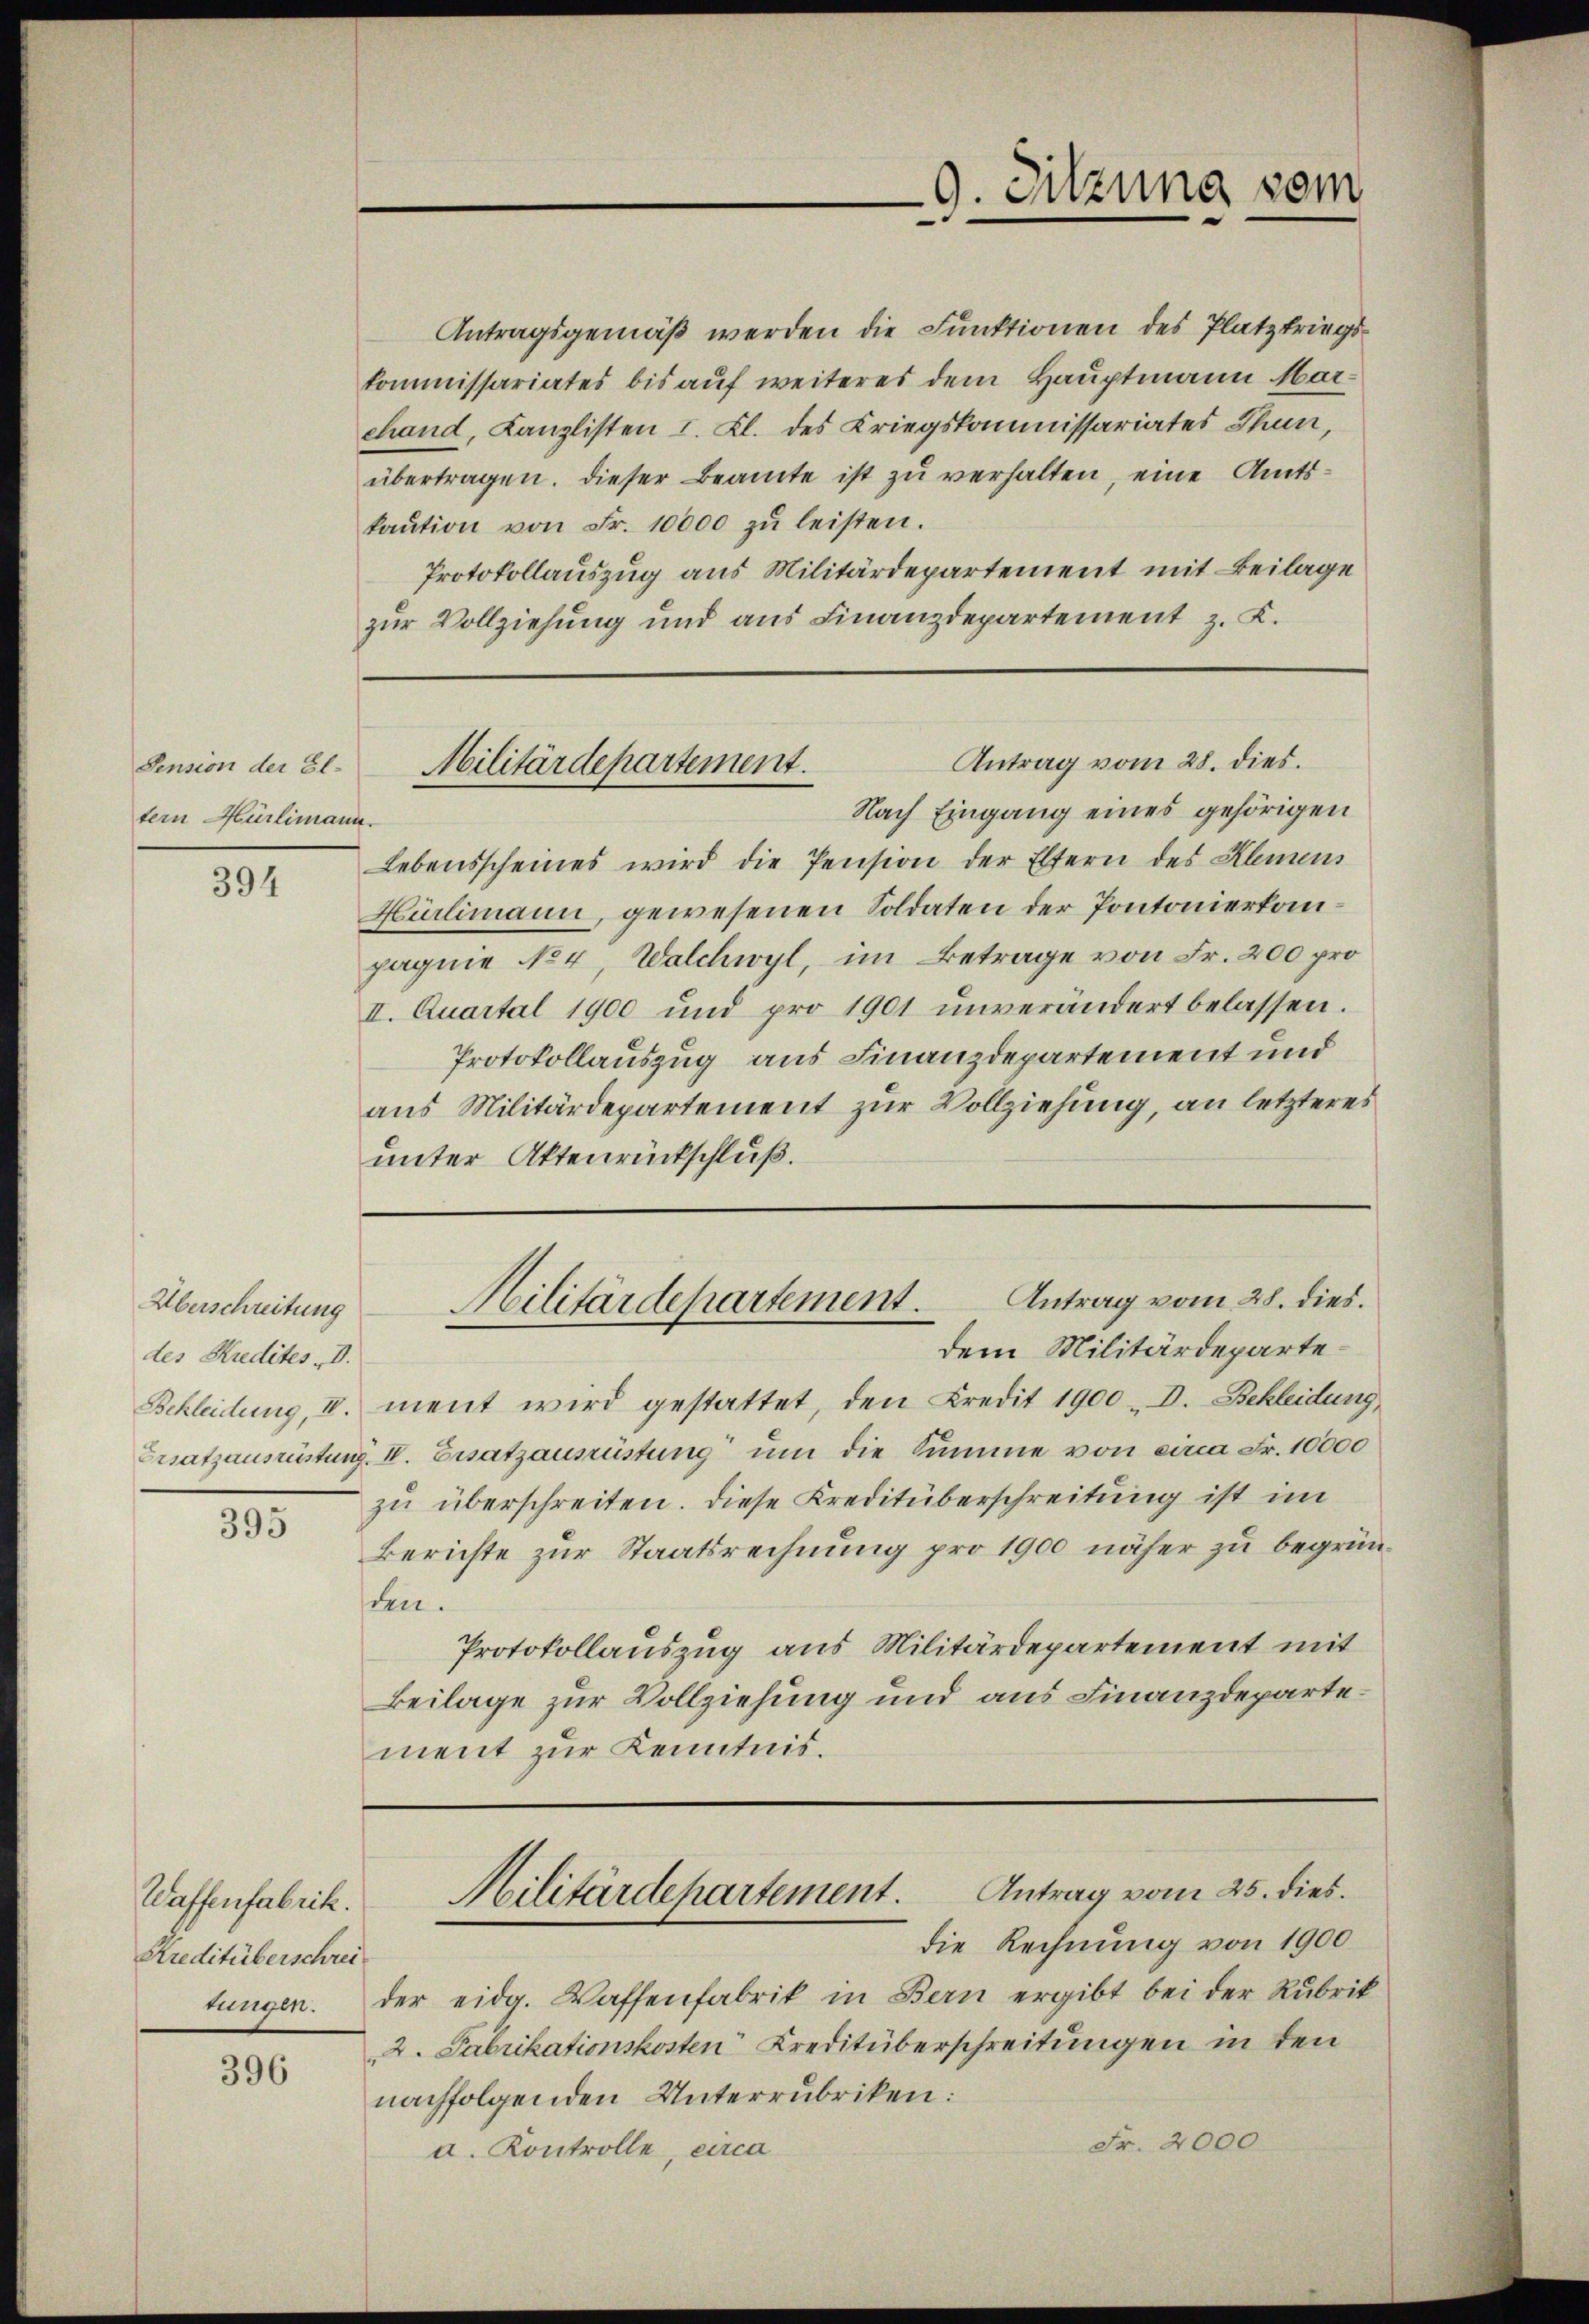
Pension der Eltern Hürlimann.

394

Überschreitung
des Kredites I.

395

Waffenfabrik.
Kreditüberschrei¬

396

übertragen. Dieser Beamte ist zu verhalten, eine Amtskaŭtion von Fr. 10000 zŭ leisten.
Protokollauszug aus Militärdepartement mit Beilage
zur Vollziehung und aus Finanzdepartement z. K.

Nach Eingang eines gehörigen
Lebensscheines wird die Pension der Eltern des Kleinen
Hürlimann, gewesenen Soldaten der Pontonierkompagnie No 4, Walchwyl, im Betrage von Fr. 200 pro
II. Quartal 1900 und pro 1901 ŭnverändert belassen.
Protokollauszug aus Finanzdepartement und
aus Militärdepartement zur Vollziehung, an letzteres
unter Aktenrückschluß.

Antragsgemäß werden die Funktionen des Platzkriegskommissariates bis auf weiteres dem Hauptmann Marchand, Kanzlisten I. Kl. des Kriegskommissariates Thun,

dem Militärdeparte¬
Schleidung, II. ment wird gestattet, den Credit 1900 D. Bekleidung
Ersatzausrüstung, VV. Ersatzausrüstung um die Summe von eina Fr. 10000
zu überschreiten. Diese Kreditüberschreitung ist im
Berichte zur Staatsrechnung pro 1900 näher zu begründen.
Protokollauszug aus Militärdepartement mit
Beilage zur Vollziehung und aus Finanzdepartement zur Kenntnis.

die Rechnung von 1900
tungen. Der eidg. Waffenfabrik in Bern ergibt bei der Rubrik
2. Fabrikationskosten Kreditüberschreitungen in den
nachfolgenden Unterrubriken:
Fr. 2000
a. Kontrolle, circa

9. Sitzung vom

Antrag vom 28. dies.
Militärdepartement.

Antrag vom 28. dies.
Militärdepartement.

Antrag vom 25. dies.
Militärdepartement.